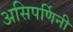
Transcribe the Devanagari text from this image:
असिपर्णिनी